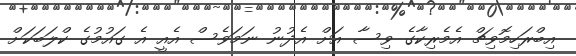
އިބްރަހިމޮވިޗް އެމެރިކާގެ ވިސާ އަށް އެދުނު ނަމަވެސް އެއީ އެ ގައުމުގެ ކްލަބަކަށް